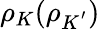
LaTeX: {\rho}_{K}({\rho}_{K^{'}})